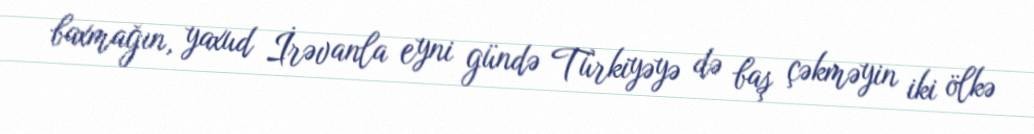
baxmağın, yaxud İrəvanla eyni gündə Türkiyəyə də baş çəkməyin iki ölkə